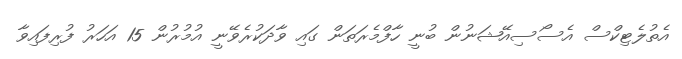
އެތުލެޓިކްސް އެސޯސިއޭޝަނުން ބުނީ ހާފްމެރަތަން ގައި ވާދަކުރެވޭނީ އުމުރުން 15 އަހަރު ފުރިފައިވާ